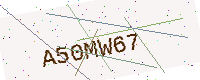
Text: A50MW67